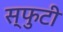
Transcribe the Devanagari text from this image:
स्फुटी